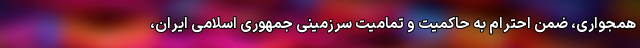
همجواری، ضمن احترام به حاکمیت و تمامیت سرزمینی جمهوری اسلامی ایران،